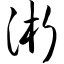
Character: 浙